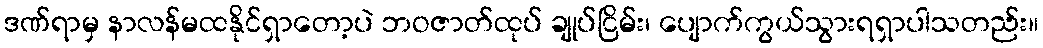
ဒဏ်ရာမှ နာလန်မထနိုင်ရှာတော့ပဲ ဘဝဇာတ်ထုပ် ချုပ်ငြိမ်း၊ ပျောက်ကွယ်သွားရရှာပါသတည်း။